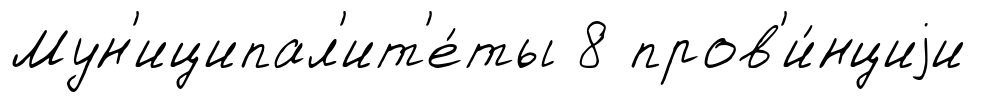
Мун'иципал'ит'е́ты 8 пров'и́нциjи